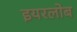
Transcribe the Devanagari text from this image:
इयरलोब